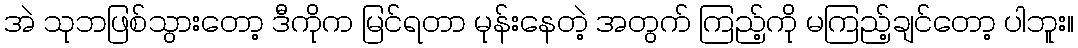
အဲ သုဘဖြစ်သွားတော့ ဒီကိုက မြင်ရတာ မုန်းနေတဲ့ အတွက် ကြည့်ကို မကြည့်ချင်တော့ ပါဘူး။